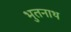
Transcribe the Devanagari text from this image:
भुतनाथ